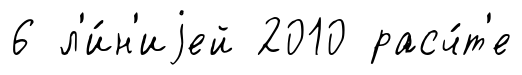
6 л'и́н'иjей 2010 расч́т'е